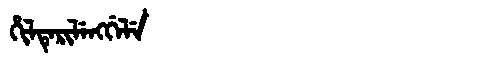
Manchu: ᡥᡳᠯᡨᡝᡵᡳᠯᡝᠩᡤᡝᠯᡝ
Romanization: HILTERILENGGELE